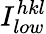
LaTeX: I_{low}^{hkl}